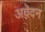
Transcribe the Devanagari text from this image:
अवेदन